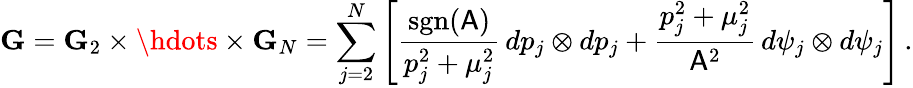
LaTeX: \mathbf{G}=\mathbf{G}_{2}\times\hdots\times\mathbf{G}_{N}=\sum_{j=2}^{N}\left[\frac{\mathrm{sgn}(\mathsf{A})}{p_{j}^{2}+\mu_{j}^{2}}\, dp_{j}\otimes dp_{j}+\frac{p_{j}^{2}+\mu_{j}^{2}}{\mathsf{A}^{2}}\, d\psi_{j}\otimes d\psi_{j}\right]\, .